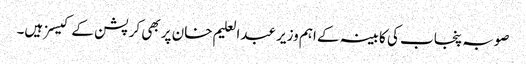
صوبہ پنجاب کی کابینہ کے اہم وزیر عبدالعلیم خان پر بھی کرپشن کے کیسز ہیں۔